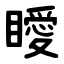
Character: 瞹